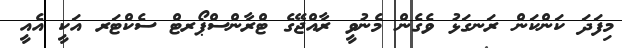
މިފަދަ ކަންކަން ރަނގަޅު ވެގެން މެނުވީ ރާއްޖޭގެ ޓްރާންސްޕޯރޓް ސެކްޓަރ އަކީ އެއީ